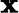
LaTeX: \pmb{\mathbf{x}}